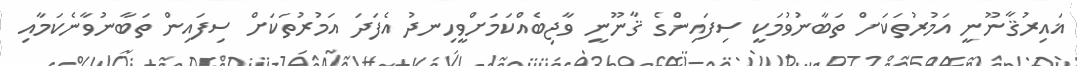
ޣައިރުޤާނޫނީ އަމުރުތަކަށް ތަބާނުވުމަކީ ސިފައިންގެ ޤާނޫނީ ވާޖިބެއްކަމަށްވީހިނދު އެފަދަ އަމުރުތަކަށް ސިފައިން ތަބާނުވާނެކަމާއި